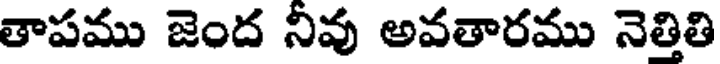
తాపము జెంద నివు అవతారము నెత్తితి